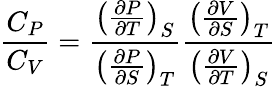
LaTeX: {\frac{C_{P}}{C_{V}}}={\frac{\left({\frac{\partial P}{\partial T}}\right)_{S}}{\left({\frac{\partial P}{\partial S}}\right)_{T}}}{\frac{\left({\frac{\partial V}{\partial S}}\right)_{T}}{\left({\frac{\partial V}{\partial T}}\right)_{S}}}